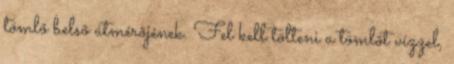
tömlõ belsõ átmérõjének. Fel kell tölteni a tömlõt vízzel,